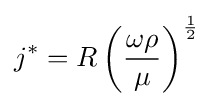
j^{*}=R\left({\frac {\omega \rho }{\mu }}\right)^{\frac {1}{2}}